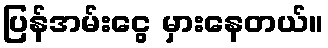
ပြန်အမ်းငွေ မှားနေတယ်။